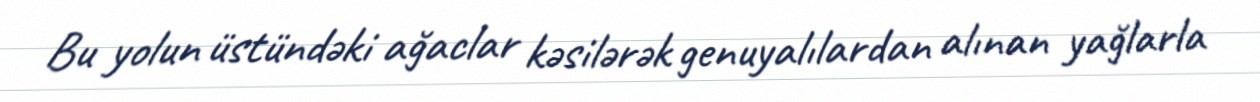
Bu yolun üstündəki ağaclar kəsilərək genuyalılardan alınan yağlarla